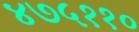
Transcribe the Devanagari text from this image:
४७५११०